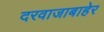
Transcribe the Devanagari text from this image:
दरवाजाबाहेर